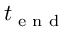
t _ { \textrm { e n d } }